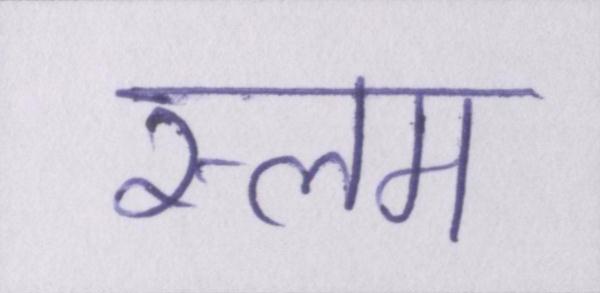
स्लम